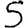
Digit: 5